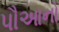
પૌઆનો